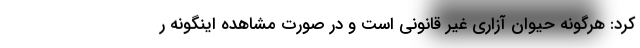
کرد: هرگونه حیوان آزاری غیر قانونی است و در صورت مشاهده اینگونه ر